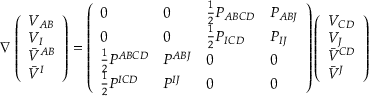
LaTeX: \nabla \left( \begin{array} { l } { { V _ { A B } } } \\ { { V _ { I } } } \\ { { \bar { V } ^ { A B } } } \\ { { \bar { V } ^ { I } } } \end{array} \right) = \left( \begin{array} { l l l l } { { 0 } } & { { 0 } } & { { { \frac { 1 } { 2 } } P _ { A B C D } } } & { { P _ { A B J } } } \\ { { 0 } } & { { 0 } } & { { { \frac { 1 } { 2 } } P _ { I C D } } } & { { P _ { I J } } } \\ { { { \frac { 1 } { 2 } } P ^ { A B C D } } } & { { P ^ { A B J } } } & { { 0 } } & { { 0 } } \\ { { { \frac { 1 } { 2 } } P ^ { I C D } } } & { { P ^ { I J } } } & { { 0 } } & { { 0 } } \end{array} \right) \left( \begin{array} { l } { { V _ { C D } } } \\ { { V _ { J } } } \\ { { \bar { V } ^ { C D } } } \\ { { \bar { V } ^ { J } } } \end{array} \right)